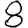
Digit: 8